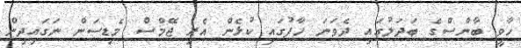
ހާވީ ބާންސްގެ ބަދަލުގައި ދެވަނަ ހާފުގައި ކުޅެން އެރި ޖޭމްސް މެޑިސަން ނަގައިދިން